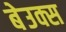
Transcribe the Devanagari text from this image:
बेउक्स